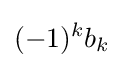
(-1)^{k}b_{k}